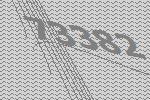
73382